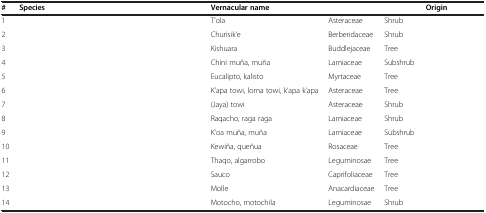
<table><thead><tr><td><b>#</b></td><td><b>Species</b></td><td><b>Vernacular name</b></td><td>[EMPTY_CELL]</td><td>[EMPTY_CELL]</td><td><b>Origin</b></td></tr></thead><tbody><tr><td>1</td><td>[EMPTY_CELL]</td><td>T’ola</td><td>Asteraceae</td><td>Shrub</td><td>[EMPTY_CELL]</td></tr><tr><td>2</td><td>[EMPTY_CELL]</td><td>Churisik’e</td><td>Berberidaceae</td><td>Shrub</td><td>[EMPTY_CELL]</td></tr><tr><td>3</td><td>[EMPTY_CELL]</td><td>Kishuara</td><td>Buddlejaceae</td><td>Tree</td><td>[EMPTY_CELL]</td></tr><tr><td>4</td><td>[EMPTY_CELL]</td><td>Chini muña, muña</td><td>Lamiaceae</td><td>Subshrub</td><td>[EMPTY_CELL]</td></tr><tr><td>5</td><td>[EMPTY_CELL]</td><td>Eucalipto, kalisto</td><td>Myrtaceae</td><td>Tree</td><td>[EMPTY_CELL]</td></tr><tr><td>6</td><td>[EMPTY_CELL]</td><td>K’apa towi, loma towi, k’apa k’apa</td><td>Asteraceae</td><td>Tree</td><td>[EMPTY_CELL]</td></tr><tr><td>7</td><td>[EMPTY_CELL]</td><td>(Jaya) towi</td><td>Asteraceae</td><td>Shrub</td><td>[EMPTY_CELL]</td></tr><tr><td>8</td><td>[EMPTY_CELL]</td><td>Raqacho, raga raga</td><td>Lamiaceae</td><td>Shrub</td><td>[EMPTY_CELL]</td></tr><tr><td>9</td><td>[EMPTY_CELL]</td><td>K‘oa muña, muña</td><td>Lamiaceae</td><td>Subshrub</td><td>[EMPTY_CELL]</td></tr><tr><td>10</td><td>[EMPTY_CELL]</td><td>Kewiña, queñua</td><td>Rosaceae</td><td>Tree</td><td>[EMPTY_CELL]</td></tr><tr><td>11</td><td>[EMPTY_CELL]</td><td>Thaqo, algarrobo</td><td>Leguminosae</td><td>Tree</td><td>[EMPTY_CELL]</td></tr><tr><td>12</td><td>[EMPTY_CELL]</td><td>Sauco</td><td>Caprifoliaceae</td><td>Tree</td><td>[EMPTY_CELL]</td></tr><tr><td>13</td><td>[EMPTY_CELL]</td><td>Molle</td><td>Anacardiaceae</td><td>Tree</td><td>[EMPTY_CELL]</td></tr><tr><td>14</td><td>[EMPTY_CELL]</td><td>Motocho, motochila</td><td>Leguminosae</td><td>Shrub</td><td>[EMPTY_CELL]</td></tr></tbody></table>